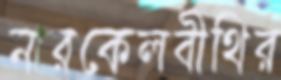
নারকেলবীথির